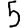
Digit: 5